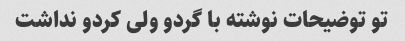
تو توضیحات نوشته با گردو ولی کردو نداشت